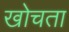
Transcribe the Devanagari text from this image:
खोचता